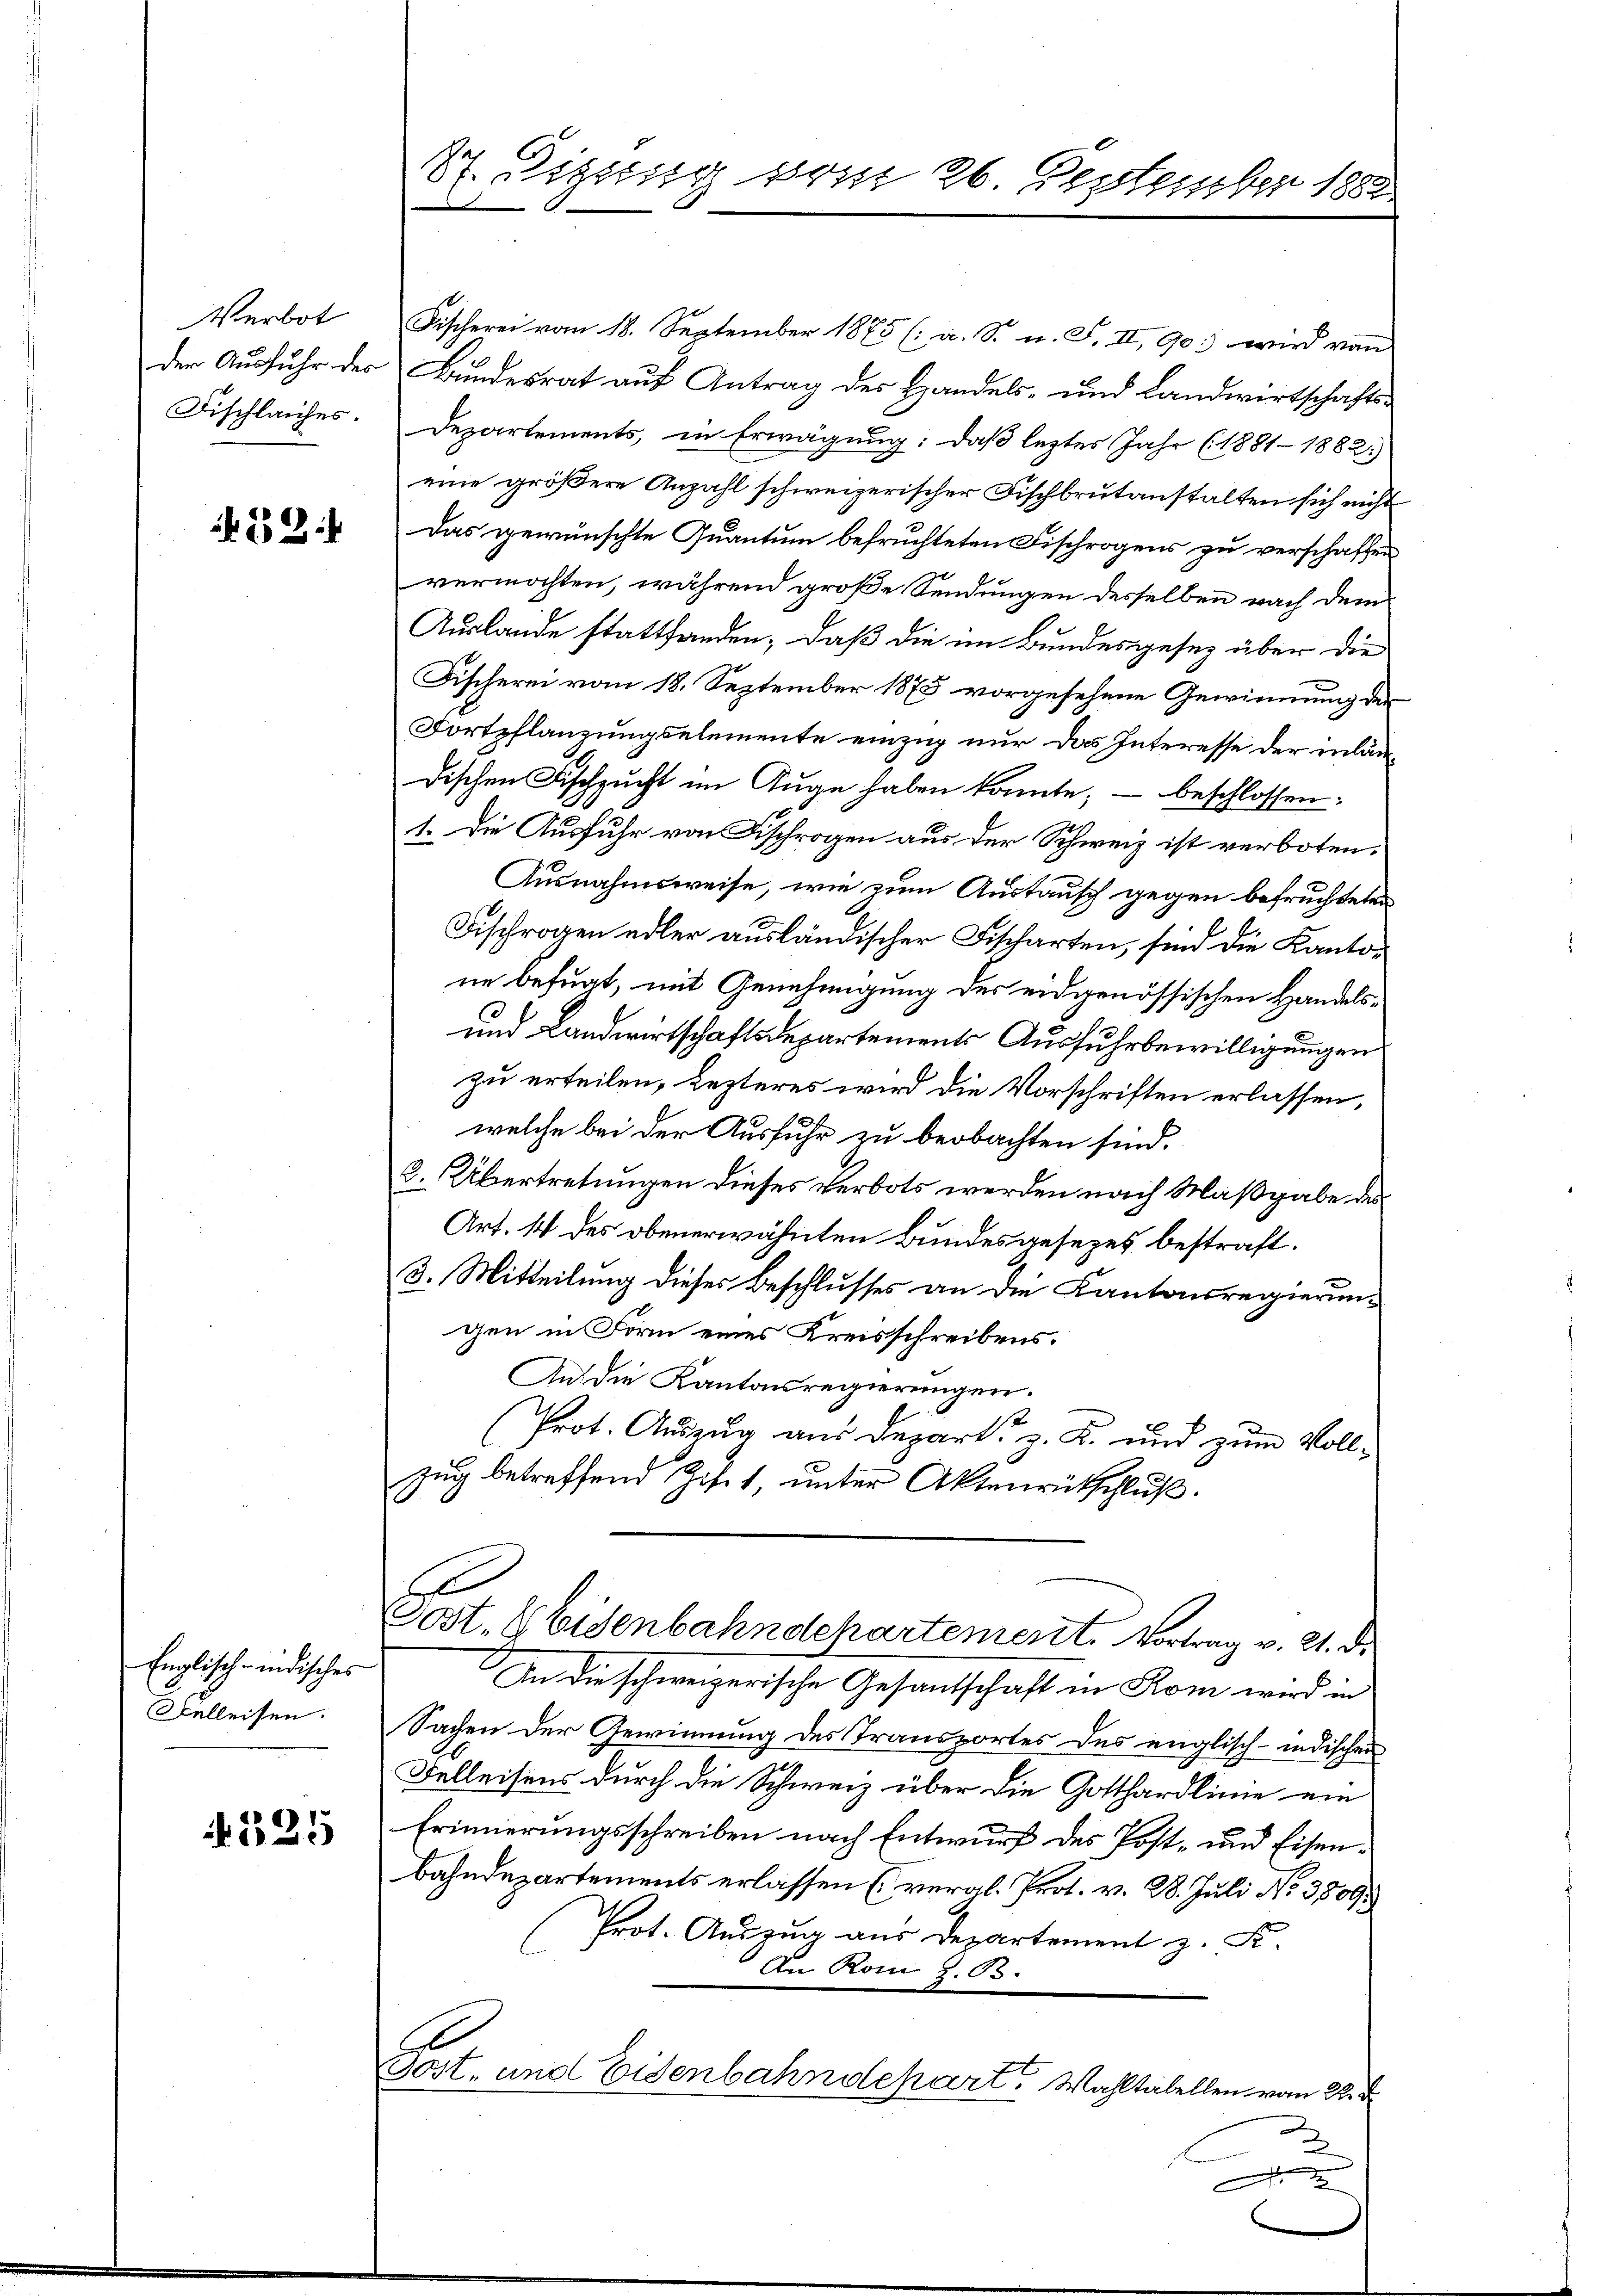
Verbot
Fischlauches.

224

Englisch-indisches
Selleisen.

525

Fischerei vom 18. September 1875 (: a. S. u. F. II, 903 wird von
der Ausfuhr der Bundesrat auf Antrag des Handels- und Landwirtschafts¬
Departements, in Erwägung: daß letztes Jahr (1881-1882
eine größere Anzahl schweizerischer Fischbrutanstalten sich nicht
Das gewünschte Quantum befruchteten Fischrogens zu verschaffen
vermöchten, während große Sendungen desselben nach dem
Auslande stattfanden, daß die im Bundesgesez über die
Fischerei vom 18. September 1875 vorgesehene Gewinnung der
Fortpflanzungselemente einzig nur das Interesse der inländischen Fischzucht im Auge haben konnte, – beschlossen:
1. Die Ausfuhr von Fischrogen aus der Schweiz ist verboten.
Ausnahmsweise, wie zum Austausch gegen befruchteten
Fischrogen edler ausländischer Fischarten, sind die Kantone befugt, mit Genehmigung des eidgenössischen Handels¬
und Landwirtschaftsdepartements Ausfuhrbewilligungen
zu erteilen, Lezteres wird die Vorschriften erlassen,
welche bei der Ausfuhr zu beobachten sind.
3. Übertretungen dieses Verbots werden nach Maßgabe des
Art. 14 des obenerwähnten Bundesgesezes bestraft.
3. Mitteilung dieses Beschlusses an die Kantonsregierungen in Form eines Kreisschreibens.
An die Kantonsregierungen.
Prot. Auszug aus Depart, z. K. und zum Voll¬
Zug betreffend Zif. 1, unter Aktenrütschluß.
E
Sost. Eisenbahndepartement. Vortrag v. 21. d.
An die schweizerische Gesantschaft in Rom wird in
Sachen der Gewinnung des Transportes des englisch-indischen
Felleisens durch die Schweiz über die Gotthardlinie ein
Erinnerungsschreiben nach Entwurf des Post- und Eisen¬
Bahndepartements erlassen (veral-Prot. v. 28. Juli No 3809.
Prot. Auszug aus Departement z. S.
An Rom Z. 63.
e
Post- und Eisenbahndepart. Wahltabellen vom 22. d.
n
1

27. Digung vom 26. September 1882.